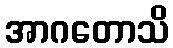
အာဂတောသိ